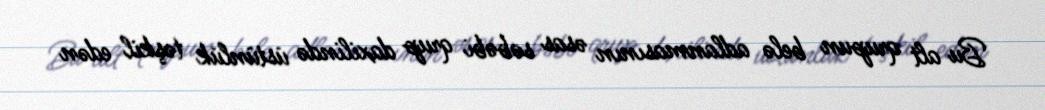
Bu alt qrupun belə adlanmasının əsas səbəbi qrup daxilində üstünlük təşkil edən